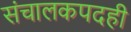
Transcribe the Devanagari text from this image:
संचालकपदही